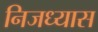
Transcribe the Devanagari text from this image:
निजध्यास